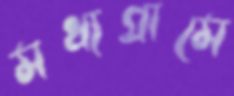
মধ্যগ্রামে